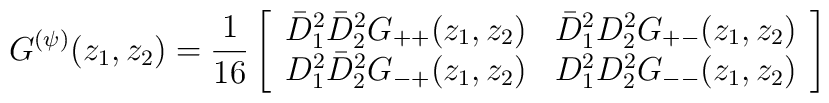
G^{(\psi)}(z_1,z_2) = \frac{1}{16} \left[ \begin{array}{ll}  \bar{D}^2_1\bar{D}^2_2 G_{++}(z_1,z_2) & \bar{D}^2_1 D^2_2 G_{+-}(z_1,z_2)\\  D^2_1\bar{D}^2_2 G_{-+}(z_1,z_2)       & D^2_1 D^2_2 G_{--}(z_1,z_2) \end{array} \right]